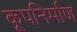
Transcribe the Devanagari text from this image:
कूपनिर्माण